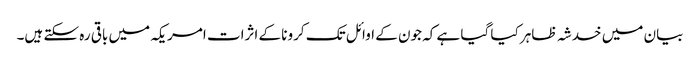
بیان میں خدشہ ظاہر کیا گیا ہے کہ جون کے اوائل تک کرونا کے اثرات امریکہ میں باقی رہ سکتے ہیں۔